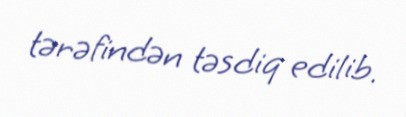
tərəfindən təsdiq edilib.